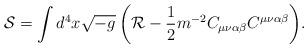
LaTeX: \begin{align*}\mathcal{S} = \int{d^{4}x\sqrt{-g}\left(\mathcal{R}-\frac{1}{2}m^{-2} C_{\mu\nu\alpha\beta} C^{\mu\nu\alpha\beta}\right)}.\end{align*}